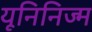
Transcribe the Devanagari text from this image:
यूनिनिज्म